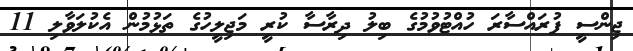
ޖިންސީ ފުރައްސާރަ ހުއްޓުވުމުގެ ބިލު ދިރާސާ ކުރީ މަޖިލީހުގެ ތަޅުމުން އެކުލަވާލި 11